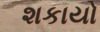
શકાયો